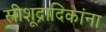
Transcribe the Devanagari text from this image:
स्त्रीशूद्रादिकांना